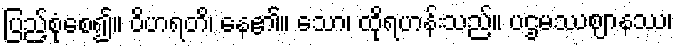
ပြည့်စုံစေ၍။ ဝိဟရတိ၊ နေ၏။ သော၊ ထိုရဟန်းသည်။ ပဌမဿဈာနဿ၊